system: You are a helpful assistant.
user:
Analyze the provided spectrum to determine if it is a **M-type Giant (gM)**.

A M-type Giant spectrum is defined by its **strong molecular absorption** features, particularly from **Titanium Oxide (TiO)**. You must check for one of the following mutually exclusive signatures:

- **Key Visual Indicators (Absorption-Dominated Spectrum):**

    - **(Primary):** The spectrum is dominated by strong molecular absorption from **Titanium Oxide (TiO)**. This is the **defining feature** of its M-type temperature class.
        - **(Key Bandheads):** Look for sharp, "saw-tooth" absorption valleys. The strongest are located near **~7050 Å**, **~6160 Å**, and **~5170 Å**.
        - **(Line Profile):** The "saw-tooth" morphology is critical: a **sharp, steep drop on the BLUE (short-wavelength) side** of the bandhead, followed by a gradual recovery (rising flux) towards the RED (long-wavelength) side.

    - **(Key Confirmation - Giant vs. Dwarf):** **ABSENCE** of strong **Calcium Hydride (CaH)** molecular bands. This is the primary diagnostic for *excluding* M-dwarfs.
        - **(Key Region):** The spectrum should lack the strong, broad absorption band seen in dwarfs between **~6800 Å and ~7000 Å**.

    - **(Secondary Confirmation - Giant):** A very strong and broad **Neutral Calcium (Ca I)** atomic absorption line.
        - **(Key Line):** Located at **~4226 Å**. In a giant (gM), this line is significantly deeper and broader than the same line in an M-dwarf (dM) due to low surface gravity.

    - **(Overall Spectrum):**
        - The continuum is **extremely red-sloping** (i.e., flux is very low in the blue and rises dramatically towards the red).
        - The entire spectrum appears "chopped up" by the deep TiO bands.

Think first, call **spectral_visualization_tool** if needed to examine features in detail, then provide your final answer. Your response must adhere to the following strict rules:
1.  **Overall Structure:** Your response must follow the format `<think>...</think> <tool_call>...</tool_call> (if a tool is used) <answer>...</answer>`.
2.  **Tool Usage Constraint:** You may only make **one** tool call per turn.
3.  **Final Answer Format:** In the `<answer>` tag, your conclusion must be inside a `\boxed{}` command (e.g., `\boxed{YES}` or `\boxed{NO}`), followed by your justification.

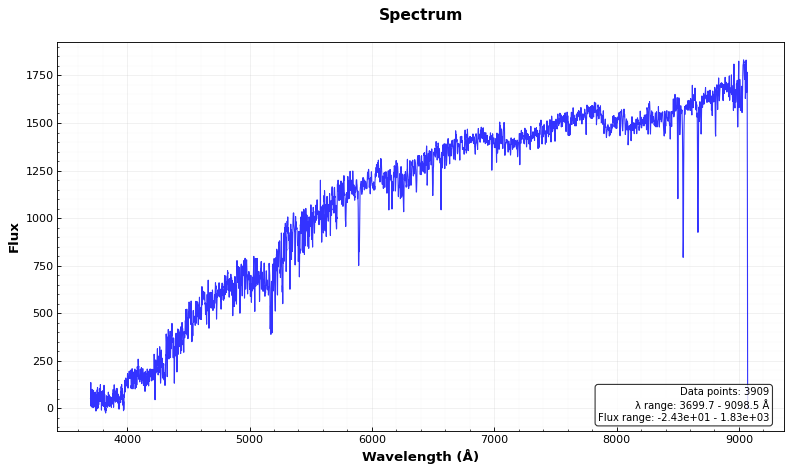
Answer: NO